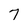
Character: 7